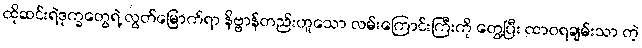
ထိုဆင်းရဲဒုက္ခတွေရဲ့ လွတ်မြောက်ရာ နိဗ္ဗာန်တည်းဟူသော လမ်းကြောင်းကြီးကို တွေ့ပြီး ထာဝရချမ်းသာ တဲ့